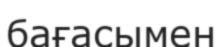
бағасымен